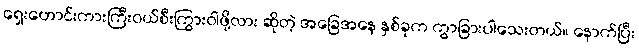
ရှေးဟောင်းကားကြီးဝယ်စီးကြွားဝါဖို့လား ဆိုတဲ့ အခြေအနေ နှစ်ခုက ကွာခြားပါသေးတယ်။ နောက်ပြီး